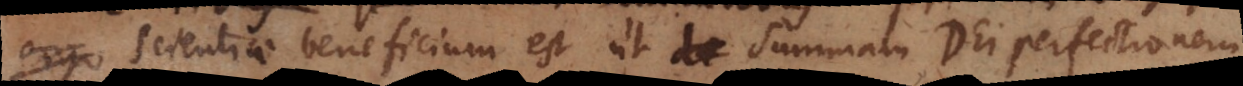
scientiae beneficium est ut summam Dei perfectionem